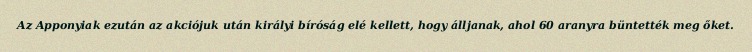
Az Apponyiak ezután az akciójuk után királyi bíróság elé kellett, hogy álljanak, ahol 60 aranyra büntették meg őket.